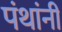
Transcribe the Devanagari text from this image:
पंथांनी